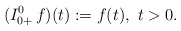
\begin{align*}(I^0_{0+}\, f)(t) := f(t),\ t>0.\end{align*}